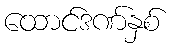
ထောင်ဒဏ်နှစ်